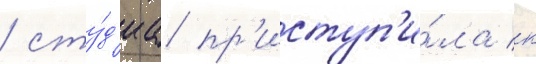
/ сту́д'иа пр'иступ'и́ла к